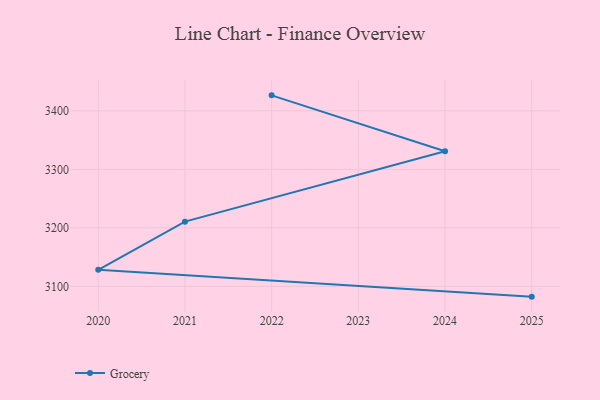
{"axis": {"x": "Year", "y": "Latency (ms)"}, "legend": ["Grocery"], "data": [{"x": "2025", "y": 3082.4, "type": "Grocery"}, {"x": "2020", "y": 3128.2, "type": "Grocery"}, {"x": "2021", "y": 3210.6, "type": "Grocery"}, {"x": "2024", "y": 3331.0, "type": "Grocery"}, {"x": "2022", "y": 3426.5, "type": "Grocery"}]}